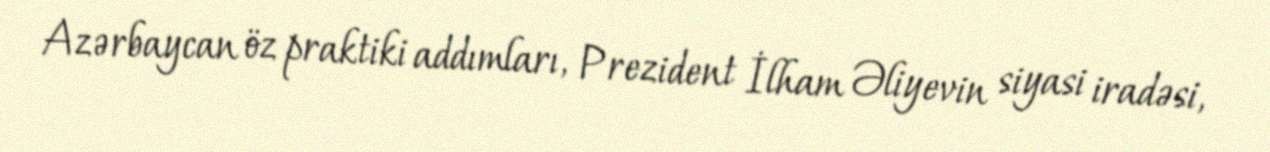
Azərbaycan öz praktiki addımları, Prezident İlham Əliyevin siyasi iradəsi,